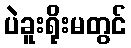
ပဲခူးရိုးမတွင်